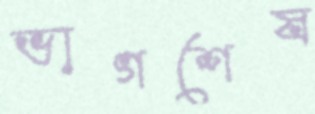
ভাগশেষ